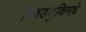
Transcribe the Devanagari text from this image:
निवडणुकिमधे